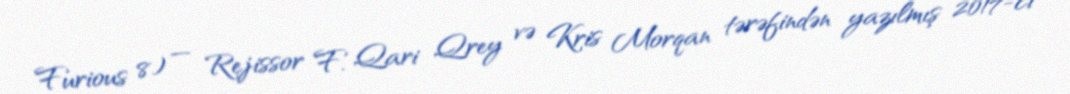
Furious 8) — Rejissor F. Qari Qrey və Kris Morqan tərəfindən yazılmış 2017-ci